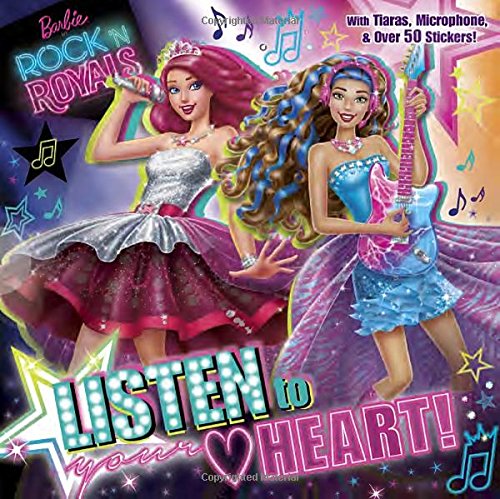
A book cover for Listen to Your Heart (Barbie in Rock 'n Royals) (Pictureback(R)); Mary Man-Kong; Children's Books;